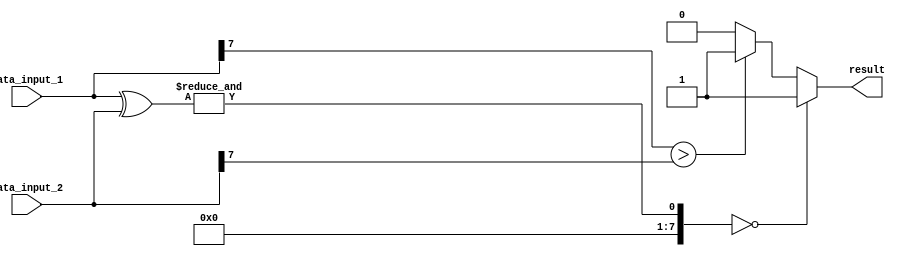
module serial_comparator(
    input [7:0] data_input_1,
    input [7:0] data_input_2,
    output reg result
);

reg [7:0] xor_result;
reg [7:0] and_result;

always @* begin
    xor_result = data_input_1 ^ data_input_2;
    and_result = &xor_result;
    
    if (and_result == 8'b0) begin
        result = 1'b1; // equal
    end else begin
        if (data_input_1[7] > data_input_2[7]) begin 
            result = 1'b1; // greater than
        end else begin
            result = 1'b0; // less than
        end
    end
end
    
endmodule